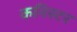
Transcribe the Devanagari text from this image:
कनिस्टर